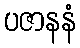
ပဇာနနံ